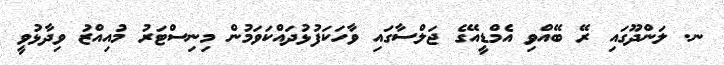
ނ. ލަންދޫގައި ރޭ ބޭއްވި އެމްޑީއޭގެ ޖަލްސާގައި ވާހަކަފުޅުދައްކަވަމުން މިނިސްޓަރު މުއިއްޒު ވިދާޅުވީ